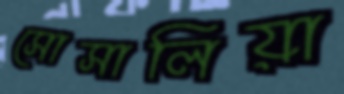
সোসালিয়া